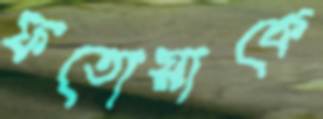
ফতোয়াকে